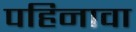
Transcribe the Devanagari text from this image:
पहिनावा